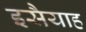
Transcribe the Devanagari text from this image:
इसैयाह